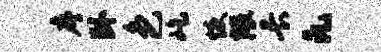
序卧色屹恢隈长凡